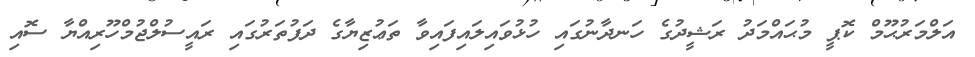
އަލްމަރުޙޫމް ކޮޕީ މުޙައްމަދު ރަޝީދުގެ ހަނދާނުގައި ހުޅުވައިލައިފައިވާ ތަޢުޒިޔާގެ ދަފުތަރުގައި ރައީސުލްޖުމްހޫރިއްޔާ ސޮއި